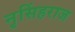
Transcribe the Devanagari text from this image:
नृसिंहराज